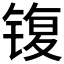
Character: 𰾟